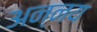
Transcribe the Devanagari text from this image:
अन्‍नय